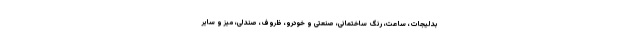
بدلیجات، ساعت، رنگ ساختمانی، صنعتی و خودرو، ظروف، صندلی، میز و سایر